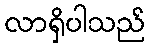
လာရှိပါသည်